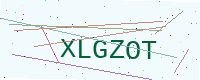
Text: XLGZOT